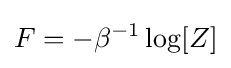
F=-\beta ^{-1}\log[Z]